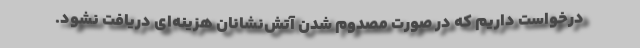
درخواست داریم که در صورت مصدوم شدن آتش‌نشانان هزینه‌ای دریافت نشود.